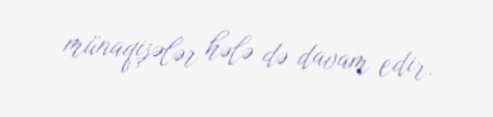
münaqişələr hələ də davam edir.